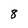
Character: 8